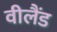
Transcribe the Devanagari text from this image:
वीलैंड